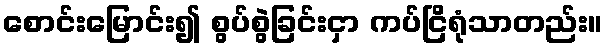
စောင်းမြောင်း၍ စွပ်စွဲခြင်းငှာ ကပ်ငြိရုံသာတည်း။